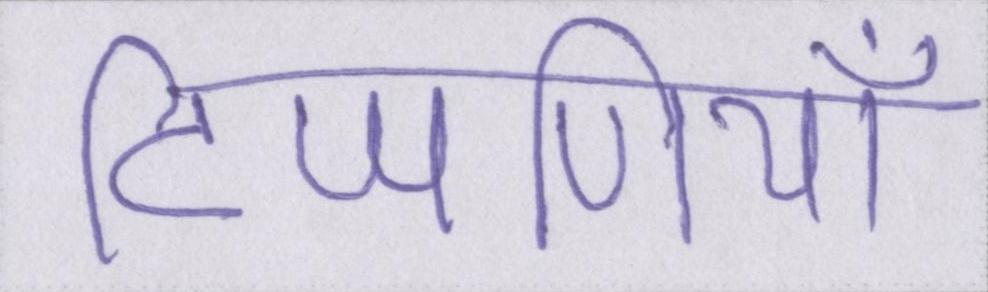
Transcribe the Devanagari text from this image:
टिप्पणियाँ